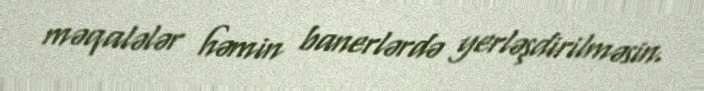
məqalələr həmin banerlərdə yerləşdirilməsin.